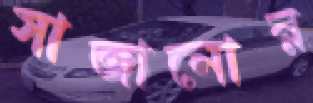
সাজানোর